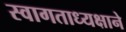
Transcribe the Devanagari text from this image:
स्वागताध्यक्षाने